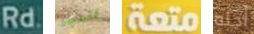
Rd للمياه متعة أجله